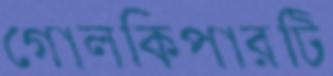
গোলকিপারটি